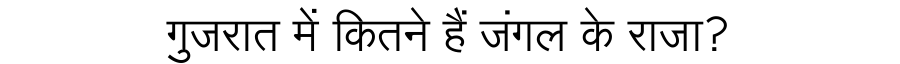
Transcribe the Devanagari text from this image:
गुजरात में कितने हैं जंगल के राजा?